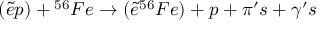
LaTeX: ( { \tilde { e } } p ) + { ^ { 5 6 } } F e \rightarrow ( { \tilde { e } } ^ { 5 6 } F e ) + p + { \pi } ^ { \prime } s + { \gamma } ^ { \prime } s